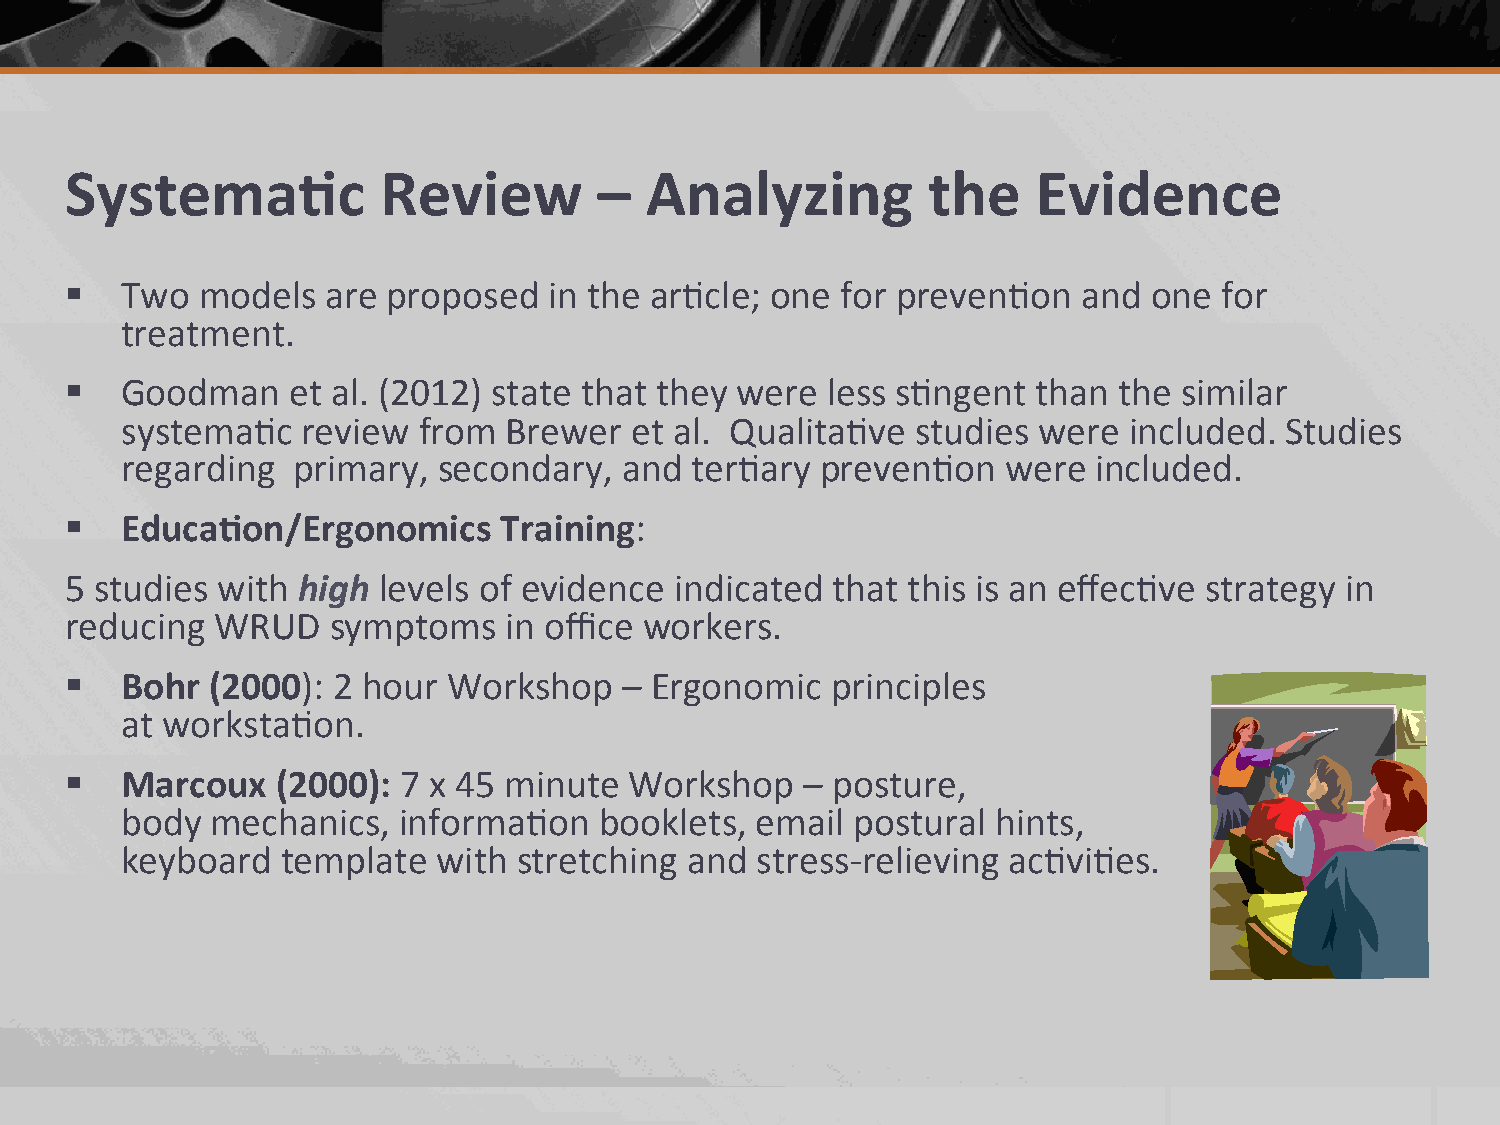
Systema.c            Review         –  Analyzing         the     Evidence
 §  Two  models   are proposed  in the ar2cle; one  for preven2on   and one  for
 treatment.
 §  Goodman    et al. (2012) state that they were  less s2ngent  than the similar
 systema2c   review  from Brewer   et al. Qualita2ve  studies were  included. Studies
 regarding  primary,  secondary,  and  ter2ary preven2on    were  included.
 §  Educa.on/Ergonomics      Training:
 5 studies with  high levels of evidence  indicated that this is an effec2ve strategy in
 reducing  WRUD    symptoms   in office workers.
 §  Bohr  (2000): 2 hour  Workshop   – Ergonomic   principles
 at worksta2on.
 §  Marcoux   (2000):  7 x 45 minute  Workshop   – posture,
 body  mechanics,  informa2on    booklets, email postural  hints,
 keyboard   template  with stretching and  stress-­‐relieving ac2vi2es.